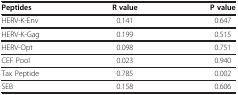
<table><thead><tr><td><b>Peptides</b></td><td><b>R value</b></td><td><b>P value</b></td></tr></thead><tbody><tr><td>HERV-K-Env</td><td>0.141</td><td>0.647</td></tr><tr><td>HERV-K-Gag</td><td>0.199</td><td>0.515</td></tr><tr><td>HERV-Opt</td><td>0.098</td><td>0.751</td></tr><tr><td>CEF Pool</td><td>0.023</td><td>0.940</td></tr><tr><td>Tax Peptide</td><td>0.785</td><td>0.002</td></tr><tr><td>SEB</td><td>0.158</td><td>0.606</td></tr></tbody></table>